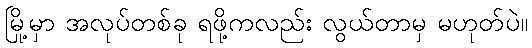
မြို့မှာ အလုပ်တစ်ခု ရဖို့ကလည်း လွယ်တာမှ မဟုတ်ပဲ။